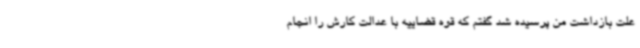
علت بازداشت من پرسیده شد گفتم که قوه قضاییه با عدالت کارش را انجام